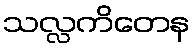
သလ္လကိတေန